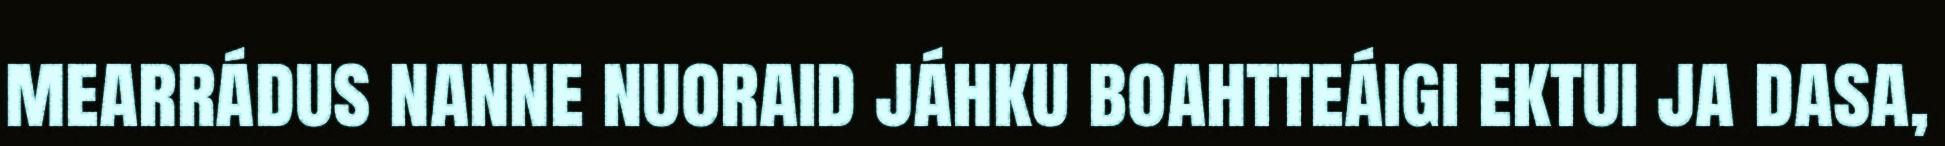
mearrádus nanne nuoraid jáhku boahtteáigi ektui ja dasa,